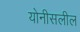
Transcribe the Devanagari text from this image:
योनीसलील